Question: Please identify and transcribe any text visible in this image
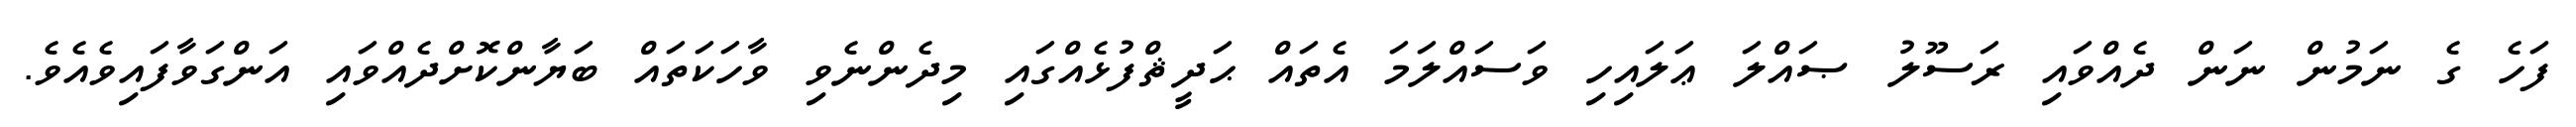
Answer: ފަހެ ގެ ނަމުން ނަން ދެއްވައި ރަސޫލު ޞައްލަ ޢަލައިހި ވަސައްލަމަ އެތައް ޙަދީޘްފުޅެއްގައި މިދެންނެވި ވާހަކަތައް ބަޔާންކޮށްދެއްވައި އަންގަވާފައިވެއެވެ.